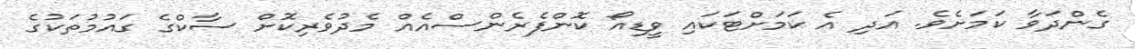
ގެންދަވާ ކަމަށެވެ. އަދި އެ ކަމަށްޓަކައި ވީޑިއޯ ކޮންފެރެންސްއެއް މެދުވެރިކޮށް ސާކްގެ ގައުމުތަކުގެ